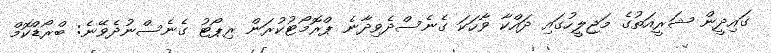
ގައިދީން ޝަރީއަތުގެ މަޖިލީހުގައި ދައްކާ ވާހަކަ ގެނެސްދެވިދާނެ ޕްރޮމޯޓުކުރަން ރިޕޯޓު ގެނެސްނުދެވޭނެ: ބްރޯޑްކޮމް